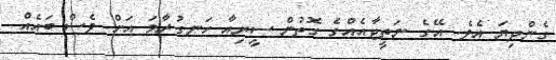
ގެންދިޔަ އެވެ. އޭގެ ނަތީޖާއެއްގެ ގޮތުން ސީރިއާ ހަނގުރާމަ އަށް ވެސް ބައެއް